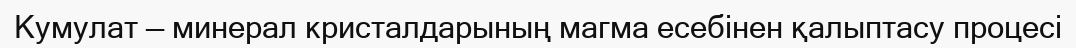
Кумулат — минерал кристалдарының магма есебінен қалыптасу процесі